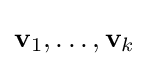
\mathbf {v} _{1},\dots ,\mathbf {v} _{k}